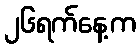
၂၆ရက်နေ့က